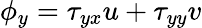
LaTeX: \phi_{y}=\tau_{yx}u+\tau_{yy}v